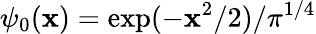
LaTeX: \psi_{0}(\mathbf{x})=\exp(-\mathbf{x}^{2}/2)/\pi^{1/4}